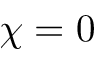
\chi = 0